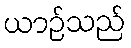
ယာဉ်သည်